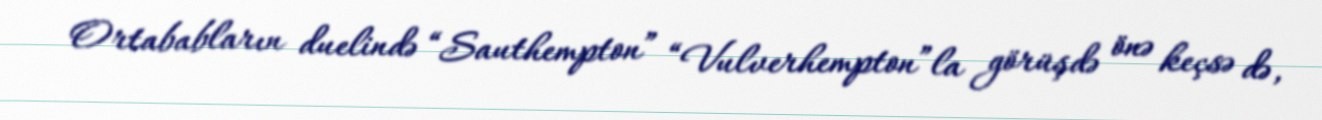
Ortababların duelində “Sauthempton” “Vulverhempton”la görüşdə önə keçsə də,